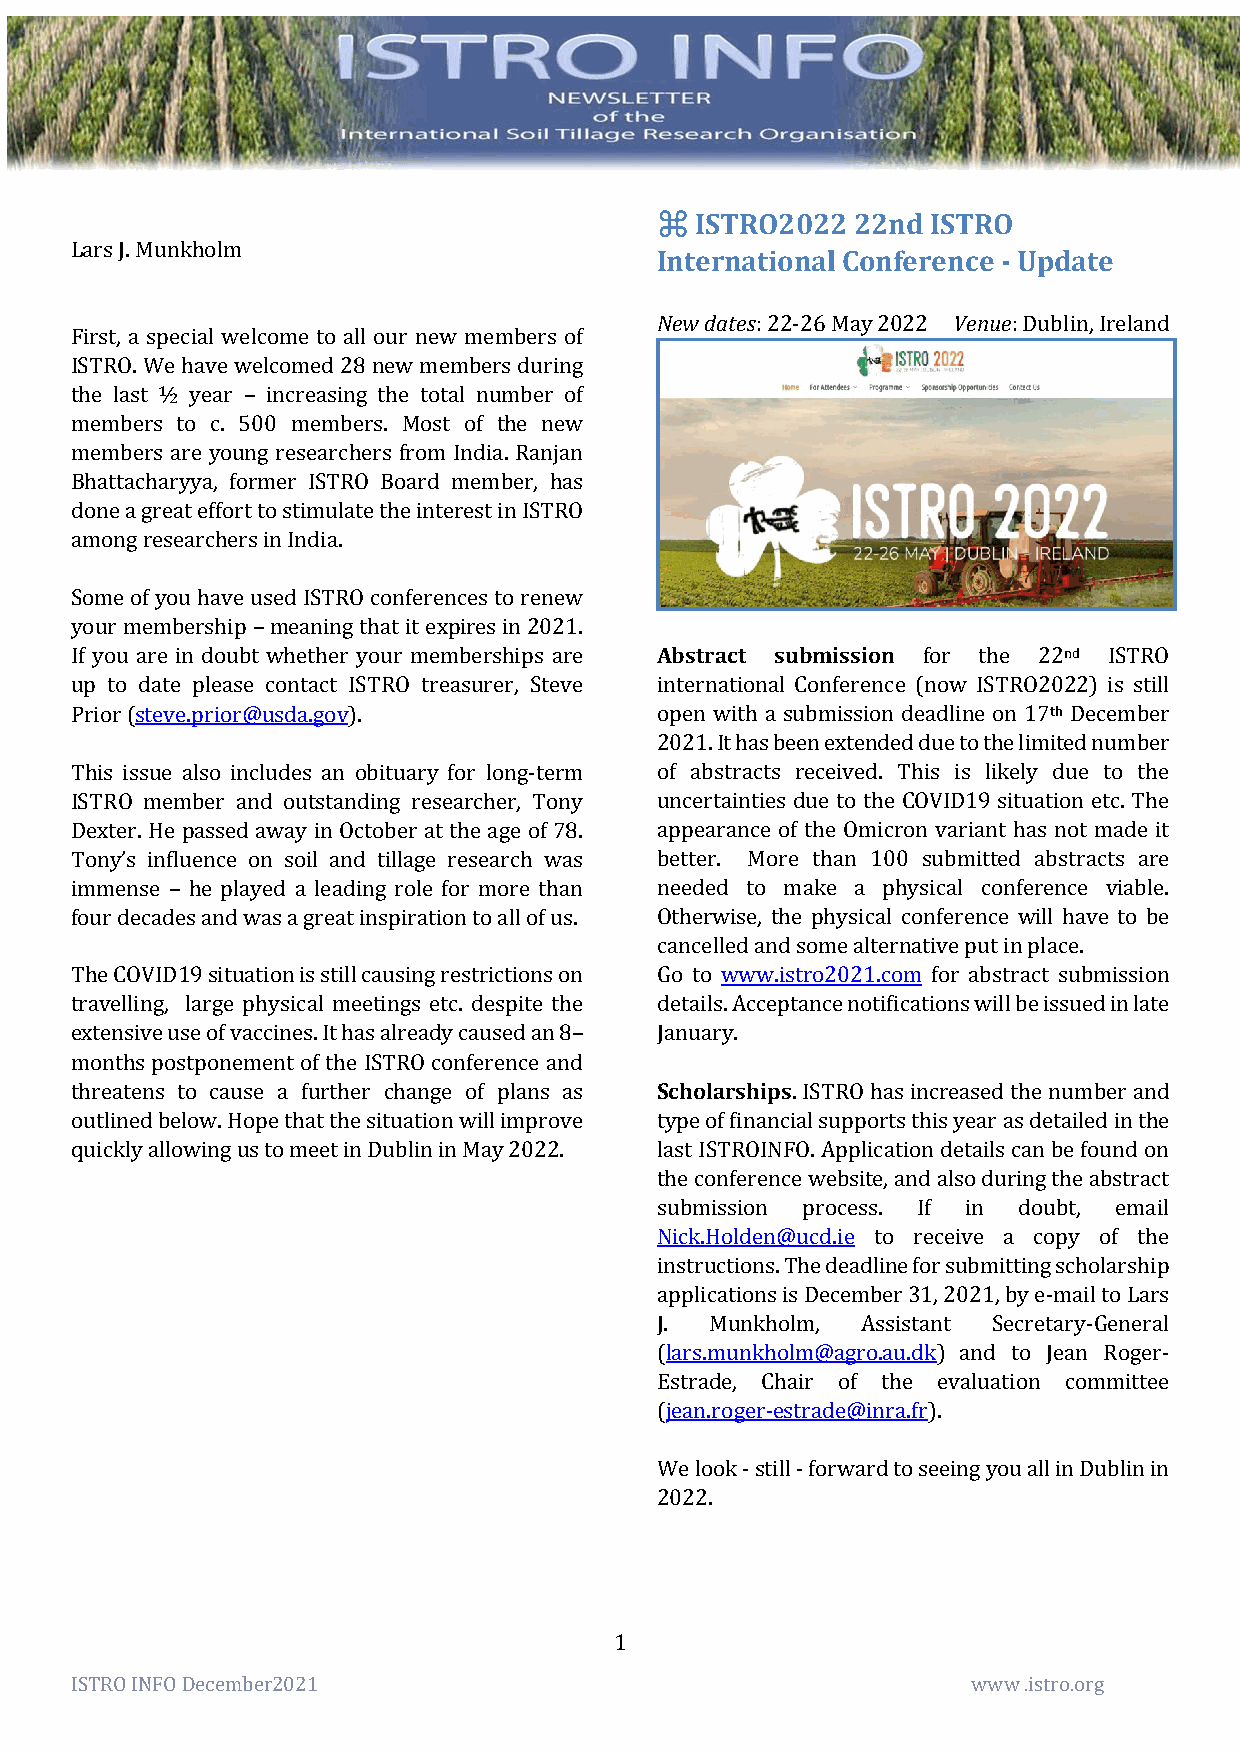
⌘  ISTRO2022  22nd ISTRO
 Lars J. Munkholm
 International Conference - Update
 New dates: 22-26 May 2022 Venue: Dublin, Ireland
 First, a special welcome to all our new members of
 ISTRO. We have welcomed 28 new members during
 the last ½ year – increasing the total number of
 members to c. 500 members. Most of the new
 members are young researchers from India. Ranjan
 Bhattacharyya, former ISTRO Board member, has
 done a great effort to stimulate the interest in ISTRO
 among researchers in India.
 Some of you have used ISTRO conferences to renew
 your membership – meaning that it expires in 2021.
 If you are in doubt whether your memberships are Abstract submission for the 22nd ISTRO
 up to date please contact ISTRO treasurer, Steve international Conference (now ISTRO2022) is still
 Prior (steve.prior@usda.gov).         open with a submission deadline on 17th December
 2021. It has been extended due to the limited number
 This issue also includes an obituary for long-term of abstracts received. This is likely due to the
 ISTRO member and outstanding researcher, Tony uncertainties due to the COVID19 situation etc. The
 Dexter. He passed away in October at the age of 78. appearance of the Omicron variant has not made it
 Tony’s influence on soil and tillage research was better. More than 100 submitted abstracts are
 immense – he played a leading role for more than needed to make a physical conference viable.
 four decades and was a great inspiration to all of us. Otherwise, the physical conference will have to be
 cancelled and some alternative put in place.
 The COVID19 situation is still causing restrictions on Go to www.istro2021.com for abstract submission
 travelling, large physical meetings etc. despite the details. Acceptance notifications will be issued in late
 extensive use of vaccines. It has already caused an 8– January.
 months postponement of the ISTRO conference and
 threatens to cause a further change of plans as Scholarships. ISTRO has increased the number and
 outlined below. Hope that the situation will improve type of financial supports this year as detailed in the
 quickly allowing us to meet in Dublin in May 2022. last ISTROINFO. Application details can be found on
 the conference website, and also during the abstract
 submission process. If in doubt, email
 Nick.Holden@ucd.ie to receive a copy of the
 instructions. The deadline for submitting scholarship
 applications is December 31, 2021, by e-mail to Lars
 J.  Munkholm, Assistant Secretary-General
 (lars.munkholm@agro.au.dk) and to Jean Roger-
 Estrade, Chair of the evaluation committee
 (jean.roger-estrade@inra.fr).
 We look - still - forward to seeing you all in Dublin in
 2022.
 1
 ISTRO INFO December2021                                    www .istro.org